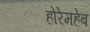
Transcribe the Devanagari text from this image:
होरेमहेब